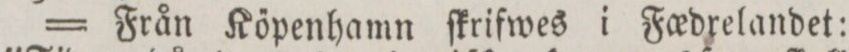
= Från Kőpenhamn ſkrifwes i Fœdrelandet: